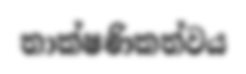
තාක්ෂණිකත්වය